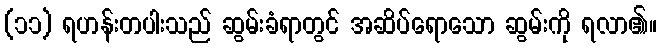
(၁၁) ရဟန်းတပါးသည် ဆွမ်းခံရာတွင် အဆိပ်ရောသော ဆွမ်းကို ရလာ၏။